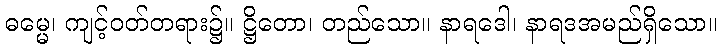
ဓမ္မေ၊ ကျင့်ဝတ်တရား၌။ ဋ္ဌိတော၊ တည်သော။ နာရဒေါ၊ နာရဒအမည်ရှိသော။